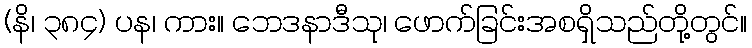
(နိ၊ ၃၈၄) ပန၊ ကား။ ဘေဒနာဒီသု၊ ဖောက်ခြင်းအစရှိသည်တို့တွင်။